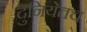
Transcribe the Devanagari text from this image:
दुनियेतच